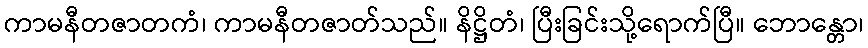
ကာမနီတဇာတကံ၊ ကာမနီတဇာတ်သည်။ နိဋ္ဌိတံ၊ ပြီးခြင်းသို့ရောက်ပြီ။ ဘောန္တော၊